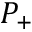
P _ { + }